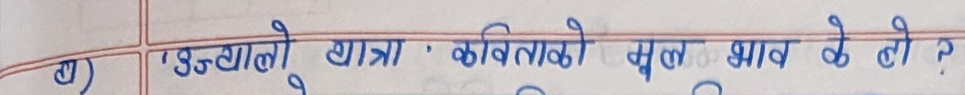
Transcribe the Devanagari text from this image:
घ) 'उज्यालो यात्रा' कविताको मूल भाव के हो ?